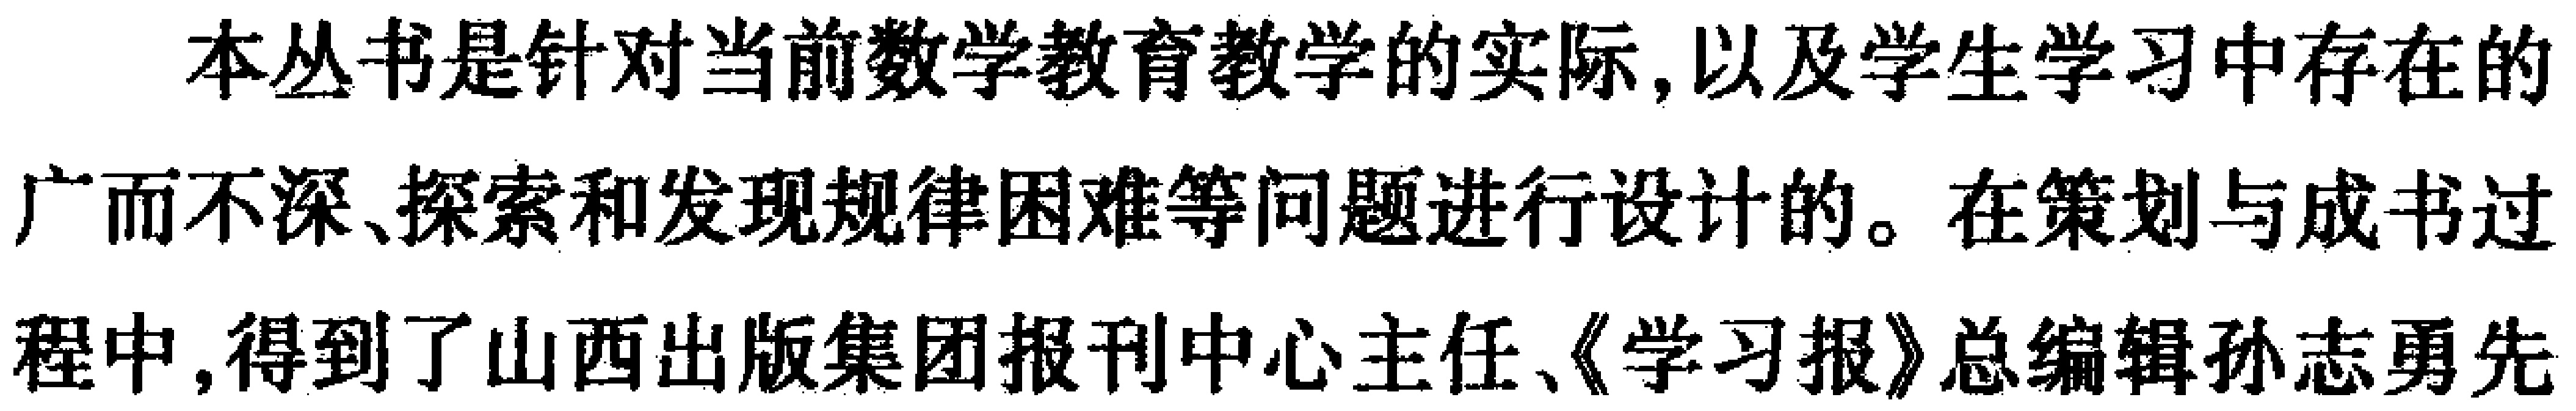
本丛书是针对当前数学教育教学的实际，以及学生学习中存在的广而不深、探索和发现规律困难等问题进行设计的。在策划与成书过程中，得到了山西出版集团报刊中心主任、《学习报》总编辑孙志勇先